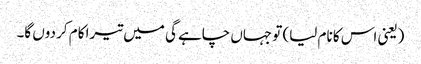
(یعنی اس کا نام لیا) تو جہاں چاہے گی میں تیرا کام کر دوں گا۔